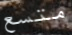
متسع